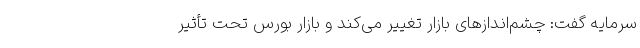
سرمایه‌ گفت: چشم‌اندازهای بازار تغییر می‌کند و بازار بورس تحت تأثیر